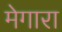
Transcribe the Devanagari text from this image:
मेगारा